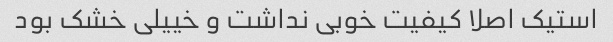
استیک اصلا کیفیت خوبی نداشت و خییلی خشک بود